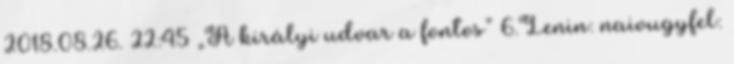
2018.08.26. 22:45 „A királyi udvar a fontos” 6.Lenin: naivugyfel: